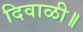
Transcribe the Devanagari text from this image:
दिवाळी॥